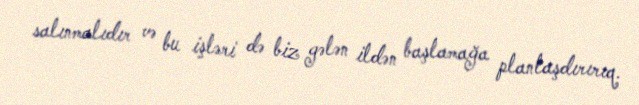
salınmalıdır və bu işləri də biz gələn ildən başlamağa planlaşdırırıq.